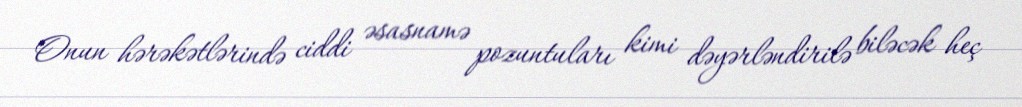
Onun hərəkətlərində ciddi əsasnamə pozuntuları kimi dəyərləndirilə biləcək heç